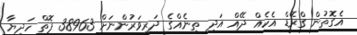
އެގޮތުން ގްރޭޑް އެކެއް ދޭއް އަދި ތިނެއްގެ ދަރިވަރުންނަށް 38963 ފޮތް ހަދިޔާ